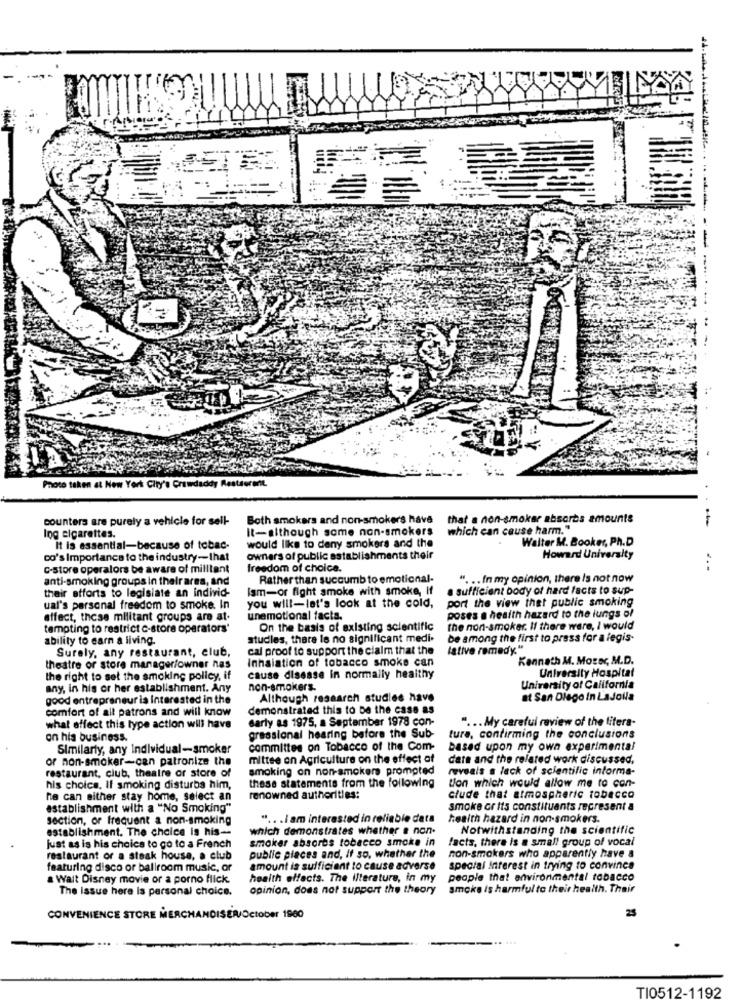
Photo taken at New York City's Crawdaddy Restaurant
counters are purely a vehicle for sell-
Both smokers and non-smokers have
that a non-smoker absorbs amounts
It-although some non-smokers
which can cause harm."
Ing cigarettes.
would like to deny smokers and the
Walter M. Booker, Ph.D
It is essential-because of tobac-
co's Importance to the industry-that
owners of public establishments their
Howard University
C-store operalors be aware of milltant
freedom of choice.
anti-smoking groups in their ares, and
Rather than succumb to emotional-
" ... In my opinion, there is not now
their efforts to legislate an individ-
Ism-or fight smoke with smoke, If
a sufficient body of hard facts to sup-
port the view thet public smoking
ual's personal freedom to smoke. In
you will-let's look at the cold,
effect, these militant groups are at.
unemotional facts.
poses a health hazard to the lungs of
tempting to restrict e-store operators'
On the basis of existing scientific
the non-smoker. If there were, I would
ability to earn a living.
studles, there is no significant medi-
be among the first to press for a legis-
Surely, any restaurant, club,
cal proof to support the claim that the
lative remedy."
Inhalation of tobacco smoke can
Kenneth M. Moser, M.D.
theatre or store manager/owner nas
the right to set the smoking policy, if
cause disease in normally healthy
University Hospital
any, in his or her establishment. Any
non-smokers.
University of California
good entrepreneur is Interested in the
Although research studies have
at San Diego in LaJolla
comfort of all patrons and will know
demonstrated this to be the case as
early as 1975, a September 1978 con-
" ... My careful review of the litera-
what effect this type action will have
on his business.
gressional hearing before the Sub-
ture, confirming the conclusions
Similarly, any Individual-smoker
committee on Tobacco of the Com-
based upon my own experimental
or non-smoker-can patronize the
mittee on Agriculture on the effect of
date and the related work discussed.
restaurant, club, theatre or store of
smoking on non-smokers prompted
reveals a lack of scientific informa-
tion which would allow me to con-
his choics. If smoking disturbs him,
these statements from the following
he can either stay home, select an
renowned authorities:
clude that atmospheric tobacco
establishment with a "No Smoking"
smoke or Its constituants represent a
section, or frequent a non-smoking
" ... I am interested in reliable data
health hazard in non-smokers.
establishment. The choice is his --
which demonstrates whether a non-
Notwithstanding the scientific
smoker absorbs tobacco smoke in
facts, there is a small group of vocal
just as is his choice to go to a French
restaurant or a steak house, a club
public places and, If so, whathar the
non-smokers who apparently have a
featuring disco or ballroom music, or
amount is sufficient to cause adverse
special Interest in trying to convince
Walt Disney movie or a porno flick.
health effects. The iterature, in my
people that environmental tobacco
The Issue here is personal choice.
opinion, does not support the theory
smoke is harmful to their health. Thair
25
CONVENIENCE STORE MERCHANDISER/October 1960
TI0512-1192